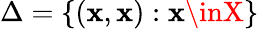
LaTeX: \Delta=\{ (\mathbf{x},\mathbf{x}):\mathbf{x}\inX\}